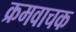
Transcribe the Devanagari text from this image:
क्रमवाचक